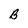
Character: B